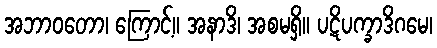
အဘာဝတော၊ ကြောင့်။ အနာဒိ၊ အစမရှိ။ ပဋိပက္ခာဒိဂမေ၊